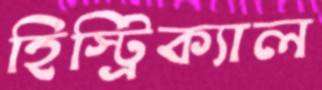
হিস্ট্রিক্যাল